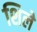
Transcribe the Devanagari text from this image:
शिले